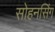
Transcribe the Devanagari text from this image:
सोहनसिंग